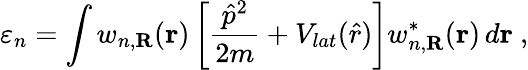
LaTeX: \varepsilon_{n}=\int w_{n,\textbf{R}}(\textbf{r})\left[\frac{\hat{p}^{2}}{2m}+V_{lat}(\hat{r})\right]w_{n,\textbf{R}}^{*}(\textbf{r})\, d\textbf{r}~,